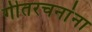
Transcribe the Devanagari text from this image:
गीतरचनांना